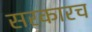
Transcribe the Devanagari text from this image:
सरकारच